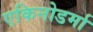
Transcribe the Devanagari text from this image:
एकिनोडर्मा